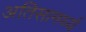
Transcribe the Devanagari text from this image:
अतिसामर्थ्य